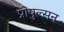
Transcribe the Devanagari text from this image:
प्रोपुल्सन